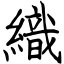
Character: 織